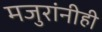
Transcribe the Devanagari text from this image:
मजुरांनीही